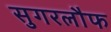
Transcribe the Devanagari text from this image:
सुगरलौफ